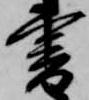
書